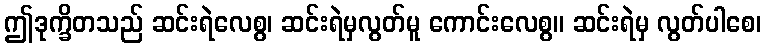
ဤဒုက္ခိတသည် ဆင်းရဲလေစွ၊ ဆင်းရဲမှလွတ်မူ ကောင်းလေစွ။ ဆင်းရဲမှ လွတ်ပါစေ၊